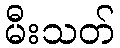
မီးသတ်